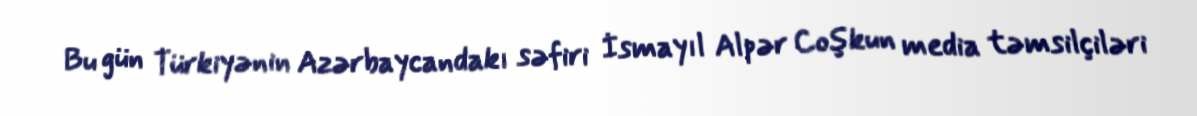
Bu gün Türkiyənin Azərbaycandakı səfiri İsmayıl Alpər Coşkun media təmsilçiləri